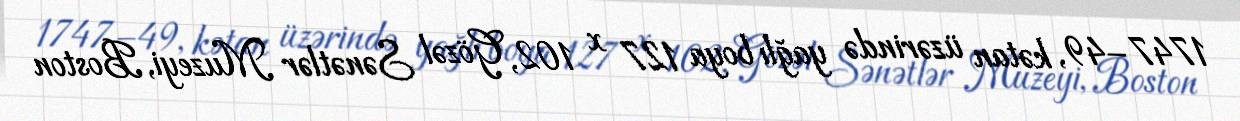
1747–49, kətan üzərində yağlı boya 127 x 102, Gözəl Sənətlər Muzeyi, Boston